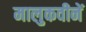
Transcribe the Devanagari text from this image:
मालुकवीनें